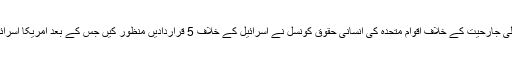
غیر ملکی میڈیا رپورٹس کے مطابق فلسطین میں جاری اسرائیلی جارحیت کے خلاف اقوام متحدہ کی انسانی حقوق کونسل نے اسرائیل کے خلاف 5 قراردادیں منظور کیں جس کے بعد امریکا اسرائیل کے حق میں میدان میں آگیا اور قراردادوں کو مسترد کردیا۔